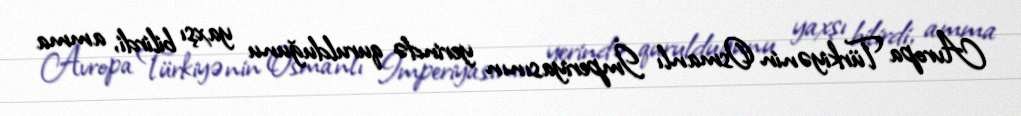
Avropa Türkiyənin Osmanlı İmperiyasının yerində qurulduğunu yaxşı bilirdi, amma